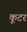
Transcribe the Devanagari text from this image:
कूटर